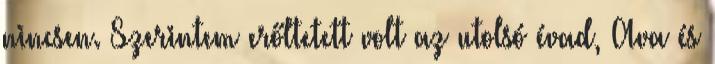
nincsen. Szerintem erőltetett volt az utolsó évad, Ava és